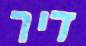
דיר